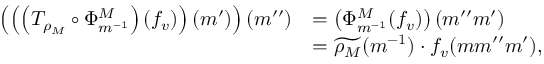
\begin{array} { r l } { \left( \left( \left( T _ { \rho _ { M } } \circ \Phi _ { m ^ { - 1 } } ^ { M } \right) ( f _ { v } ) \right) ( m ^ { \prime } ) \right) ( m ^ { \prime \prime } ) } & { = \left( \Phi _ { m ^ { - 1 } } ^ { M } ( f _ { v } ) \right) ( m ^ { \prime \prime } m ^ { \prime } ) } \\ & { = \widetilde { \rho _ { M } } ( m ^ { - 1 } ) \cdot f _ { v } ( m m ^ { \prime \prime } m ^ { \prime } ) , } \end{array}